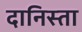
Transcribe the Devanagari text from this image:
दानिस्ता